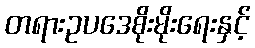
တရားဥပဒေစိုးမိုးရေးနှင့်